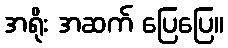
အရိုး အဆက် ပြေပြေ။